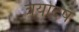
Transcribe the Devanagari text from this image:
त्रयोदष